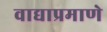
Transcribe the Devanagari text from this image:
वाद्याप्रमाणे